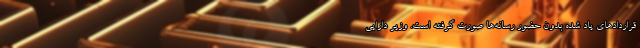
قراردادهای یاد شده بدون حضور رسانه‌‌ها صورت گرفته است. وزیر دارایی